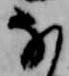
な